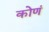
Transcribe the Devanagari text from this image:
कोणं